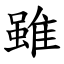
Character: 雖